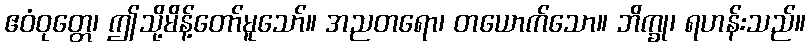
ဧဝံဝုတ္တေ၊ ဤသို့မိန့်တော်မူသော်။ အညတရော၊ တယောက်သော။ ဘိက္ခု၊ ရဟန်းသည်။